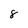
Character: 8